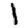
Digit: 1